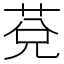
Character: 莌